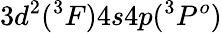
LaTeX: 3d^{2}(^{3}F)4s4p(^{3}P^{o})